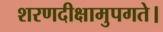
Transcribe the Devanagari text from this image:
शरणदीक्षामुपगते।